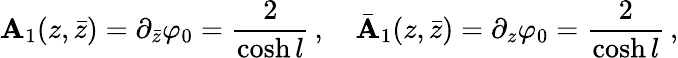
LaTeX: \mathbf{A}_{1}(z,\bar{{z}})=\partial_{\bar{{z}}}\varphi_{0}=\frac{{2}}{{\cosh{l}}}\, ,\quad\bar{{\mathbf{A}}}_{1}(z,\bar{{z}})=\partial_{z}\varphi_{0}=\frac{{2}}{{\cosh{l}}}\, ,